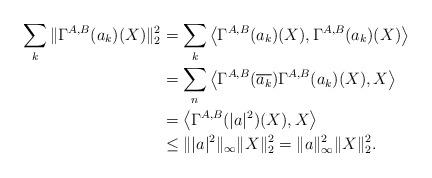
LaTeX: \begin{align*}\sum_k \| \Gamma^{A,B}(a_k)(X)\|_2^2& = \sum_k \left\langle \Gamma^{A,B}(a_k)(X), \Gamma^{A,B}(a_k)(X) \right\rangle \\& = \sum_n \left\langle \Gamma^{A,B}(\overline{a_k})\Gamma^{A,B}(a_k)(X), X \right\rangle \\& = \left\langle \Gamma^{A,B}(\vert a \vert^2)(X), X \right\rangle \\& \leq \|\vert a \vert^2\|_\infty \|X\|_2^2 = \|a\|_\infty^2 \|X\|_2^2.\end{align*}